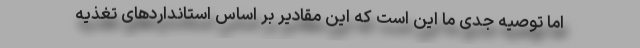
اما توصیه جدی ما این است که این مقادیر بر اساس استانداردهای تغذیه